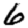
Digit: 6